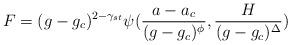
LaTeX: \begin{align*}F = ( g - g_{c})^{2-\gamma_{st}}\psi({{a-a_{c}}\over{(g - g_{c})^{\phi}}},{H\over{(g-g_{c})^{\Delta}}})\end{align*}